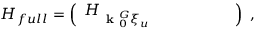
H _ { f u l l } = \left( \begin{array} { l l l l l l } { H _ { \textbf { k } _ { 0 } ^ { G } \xi _ { u } } } & { } & { } & { } & { } & { } \end{array} \right) ~ ,